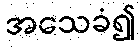
အသေခံ၍